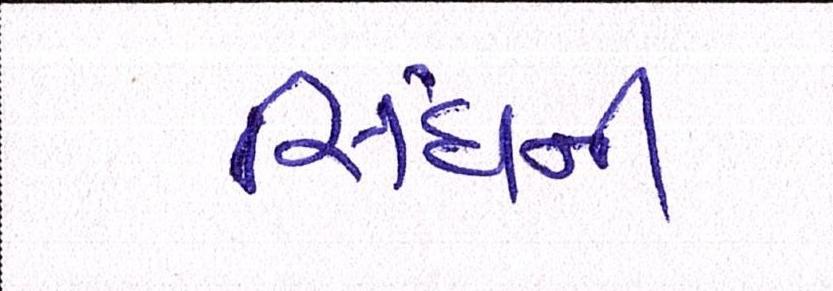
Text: સિંઘની